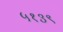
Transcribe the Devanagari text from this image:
५१३९